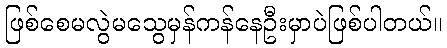
ဖြစ်စေမလွဲမသွေမှန်ကန်နေဦးမှာပဲဖြစ်ပါတယ်။